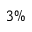
3 \%